Scottish Leaving Certificate Examination, 1955
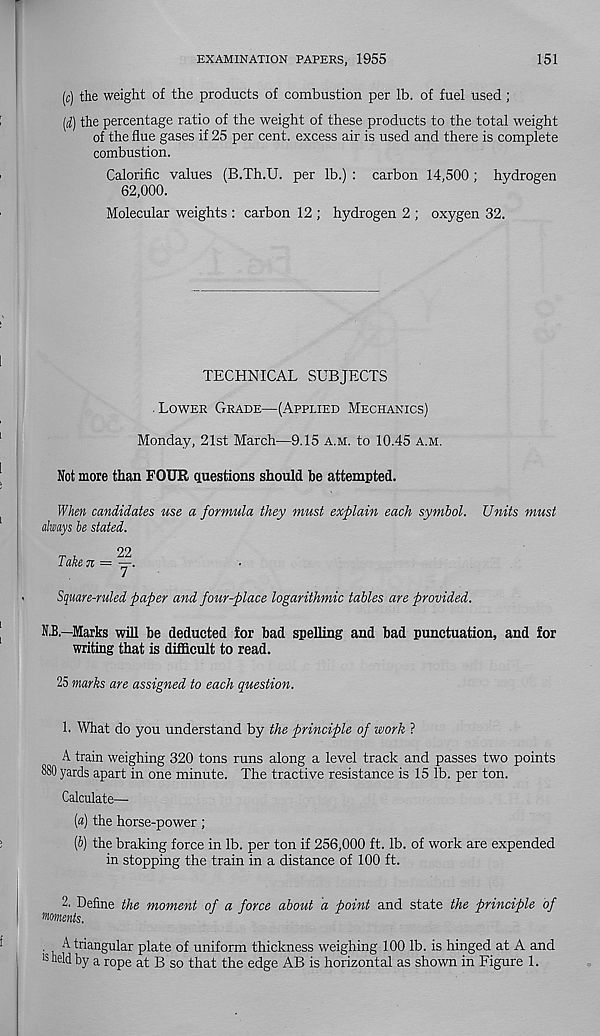
EXAMINATION PAPERS, 1955
151
(c) the weight of the products of combustion per lb. of fuel used;
(d) the percentage ratio of the weight of these products to the total weight
of the flue gases if 25 per cent, excess air is used and there is complete
combustion.
Calorific values (B.Th.U. per lb.) : carbon 14,500 ; hydrogen
62,000.
Molecular weights : carbon 12 ; hydrogen 2 ; oxygen 32.
TECHNICAL SUBJECTS
• Lower Grade—(Applied Mechanics)
Monday, 21st March—9.15 A.M. to 10.45 a.m.
Not more than FOUR questions should be attempted.
When candidates use a formula they must explain each symbol. Units must
always be stated.
T l
22
i ake 7i — —.
Square-ruled paper and four-place logarithmic tables are provided.
N.B.—Marks will be deducted for bad spelling and bad punctuation, and for
writing that is difficult to read.
25 marks are assigned to each question.
1. What do you understand by the principle of work ?
A train weighing 320 tons runs along a level track and passes two points
880 yards apart in one minute. The tractive resistance is 15 lb. per ton.
Calculate—
(a) the horse-power;
(b) the braking force in lb. per ton if 256,000 ft. lb. of work are expended
in stopping the train in a distance of 100 ft.
2. Define the moment of a force about a point and state the principle of
Moments.
. A triangular plate of uniform thickness weighing 100 lb. is hinged at A and
'sheld by a rope at B so that the edge AB is horizontal as shown in Figure 1.